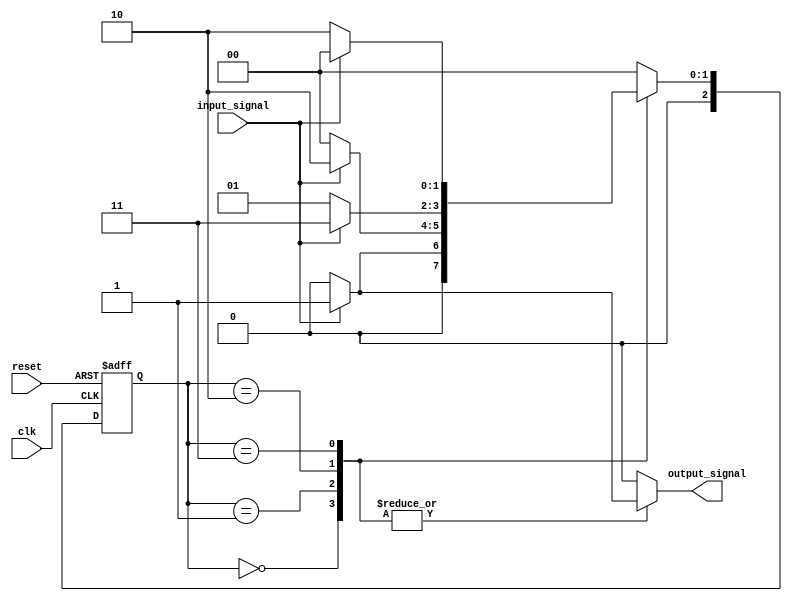
module mealy_fsm #(
    parameter N = 3, // Number of bits for state representation
    parameter STATE_COUNT = 4 // Number of states
) (
    input wire clk,
    input wire reset,
    input wire input_signal, // Input signal for state transition
    output reg output_signal // Output signal
);

// State encoding
localparam [N-1:0] 
    STATE_0 = 3'b000,
    STATE_1 = 3'b001,
    STATE_2 = 3'b010,
    STATE_3 = 3'b011;

// State register
reg [N-1:0] current_state, next_state;

// State transition logic
always @(*) begin
    case (current_state)
        STATE_0: begin
            if (input_signal) begin
                next_state = STATE_1;
                output_signal = 1'b1; // Output based on input
            end else begin
                next_state = STATE_0;
                output_signal = 1'b0; // Output based on input
            end
        end
        STATE_1: begin
            if (input_signal) begin
                next_state = STATE_2;
                output_signal = 1'b1;
            end else begin
                next_state = STATE_0;
                output_signal = 1'b0;
            end
        end
        STATE_2: begin
            if (input_signal) begin
                next_state = STATE_3;
                output_signal = 1'b1;
            end else begin
                next_state = STATE_1;
                output_signal = 1'b0;
            end
        end
        STATE_3: begin
            if (input_signal) begin
                next_state = STATE_0;
                output_signal = 1'b1;
            end else begin
                next_state = STATE_2;
                output_signal = 1'b0;
            end
        end
        default: begin
            next_state = STATE_0; // Default state
            output_signal = 1'b0; // Default output
        end
    endcase
end

// State register update
always @(posedge clk or posedge reset) begin
    if (reset) begin
        current_state <= STATE_0; // Initialize to starting state
    end else begin
        current_state <= next_state; // Update state on clock edge
    end
end

endmodule